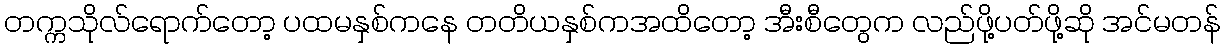
တက္ကသိုလ်ရောက်တော့ ပထမနှစ်ကနေ တတိယနှစ်ကအထိတော့ အီးစီတွေက လည်ဖို့ပတ်ဖို့ဆို အင်မတန်